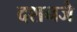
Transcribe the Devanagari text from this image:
दशनजे